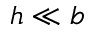
h \ll b